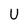
Character: U